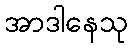
အာဒါနေသု